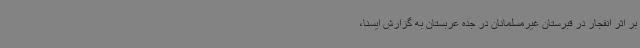
بر اثر انفجار در قبرستان غیرمسلمانان در جده عربستان به گزارش ایسنا،